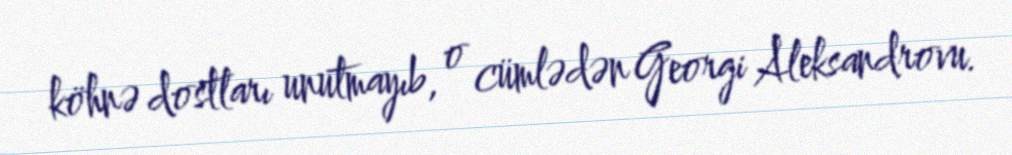
köhnə dostları unutmayıb, o cümlədən Georgi Aleksandrovu.